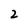
Character: 2